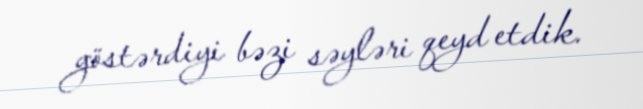
göstərdiyi bəzi səyləri qeyd etdik.